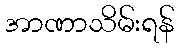
အာဏာသိမ်းရန်